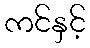
ကင်နှင့်